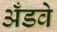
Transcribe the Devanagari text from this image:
अँडवे